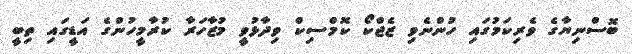
ބޮސްނިޔާގެ ވެރިކަމުގައި ހުންނެވި ޒެޖްކޯ ކޮމްސިކް ވިދާޅުވީ މުޒާހަރާ ކުރާމީހުންގެ އަޑީގައި ތިބީ